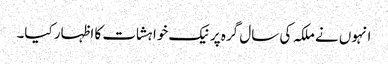
انہوں نے ملکہ کی سال گرہ پر نیک خواہشات کا اظہار کیا۔